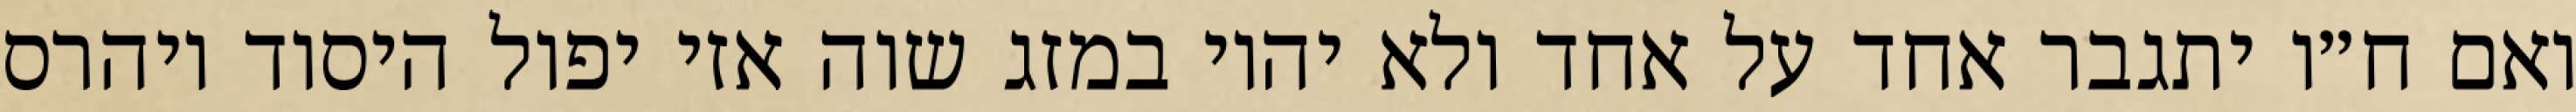
ואם ח״ו יתגבר אחד על אחד ולא יהיו במזג שוה אזי יפול היסוד ויהרס